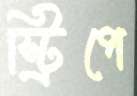
স্ট্রিপে